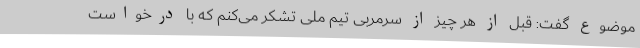
موضوع گفت: قبل از هر چیز از سرمربی تیم ملی تشکر می‌کنم که با درخواست